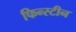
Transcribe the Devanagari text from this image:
फिन्स्टीन